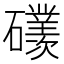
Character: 𥗢